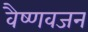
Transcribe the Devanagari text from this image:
वैष्णवजन